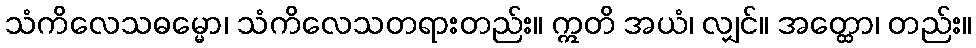
သံကိလေသဓမ္မော၊ သံကိလေသတရားတည်း။ ဣတိ အယံ၊ လျှင်။ အတ္ထော၊ တည်း။